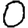
Digit: 0